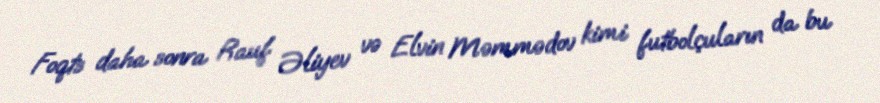
Foqts daha sonra Rauf Əliyev və Elvin Məmmədov kimi futbolçuların da bu